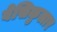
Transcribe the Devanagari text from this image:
वेसिकुलार